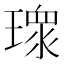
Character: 𭹻